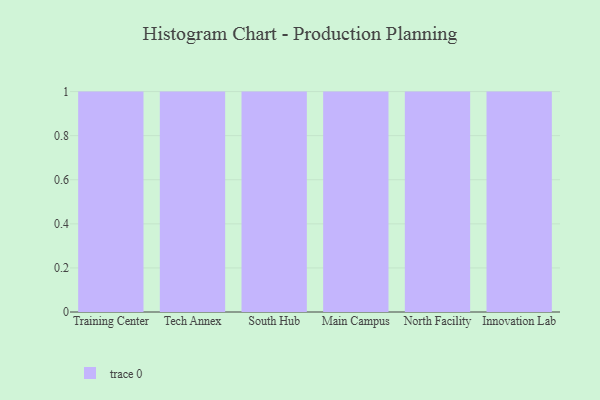
{"axis": {"x": "Campus", "y": "Churn Rate (%)"}, "legend": [""], "data": [{"x": "Training Center", "y": 17, "type": ""}, {"x": "Tech Annex", "y": 54, "type": ""}, {"x": "South Hub", "y": 43, "type": ""}, {"x": "Main Campus", "y": 53, "type": ""}, {"x": "North Facility", "y": 21, "type": ""}, {"x": "Innovation Lab", "y": 63, "type": ""}]}